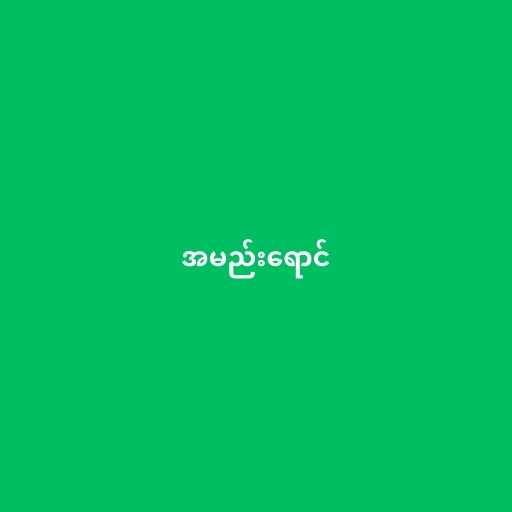
အမည်းရောင်